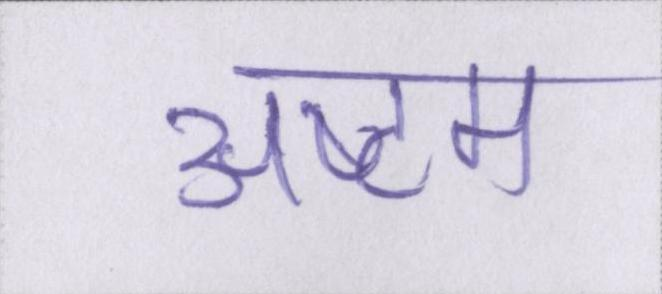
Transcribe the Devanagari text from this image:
अष्टम